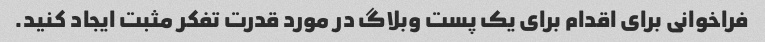
فراخوانی برای اقدام برای یک پست وبلاگ در مورد قدرت تفکر مثبت ایجاد کنید.